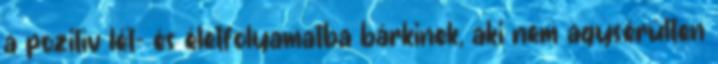
a pozitív lét- és életfolyamatba bárkinek, aki nem agysérülten